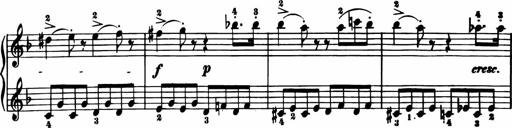
Title: 11 Sonatinas for Piano Solo
Composer: Anton Diabelli